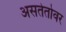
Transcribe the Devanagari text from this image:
असतेतोवर